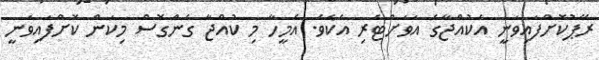
ރޭޕުކޮށްފައިވަނީ އެކުއްޖާގެ އަވަށްޓެރި އެކެވެ. އެމީހާ މި ކުއްޖާ ގެންގޮސް މިކަން ކޮށްފައިވަނީ